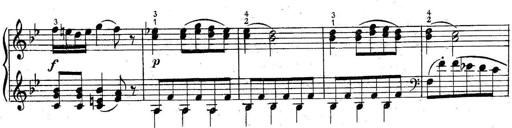
Title: 6 Easy Sonatinas
Composer: Carl Czerny